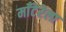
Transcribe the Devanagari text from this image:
माँटेरेला